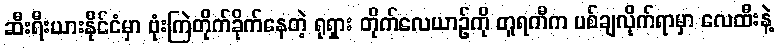
ဆီးရီးယားနိုင်ငံမှာ ဗုံးကြဲတိုက်ခိုက်နေတဲ့ ရုရှား တိုက်လေယာဉ်ကို တူရကီက ပစ်ချလိုက်ရာမှာ လေထီးနဲ့